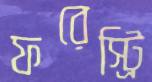
ফরেস্ট্রি